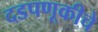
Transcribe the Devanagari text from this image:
दडपणूकीचे